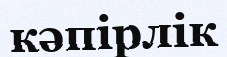
кәпірлік